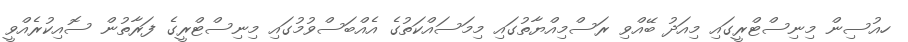
ހއުސިން މިނިސްޓްރީގައި މިއަދު ބޭއްވި ރަސްމިއްޔާތުގައި މިމަސައްކަތުގެ އެއްބަސްވުމުގައި މިނިސްޓްރީގެ ފަރާތުން ސޮއިކުރެއްވީ